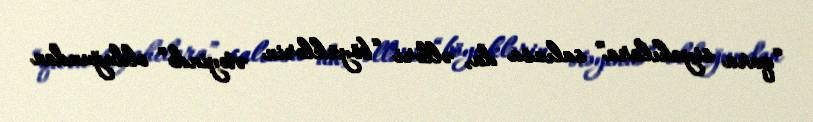
“qara siyahılara” salınsa da, əlləri “böyüklərin ətəyində” olduğundan